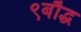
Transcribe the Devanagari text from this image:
९बौद्ध